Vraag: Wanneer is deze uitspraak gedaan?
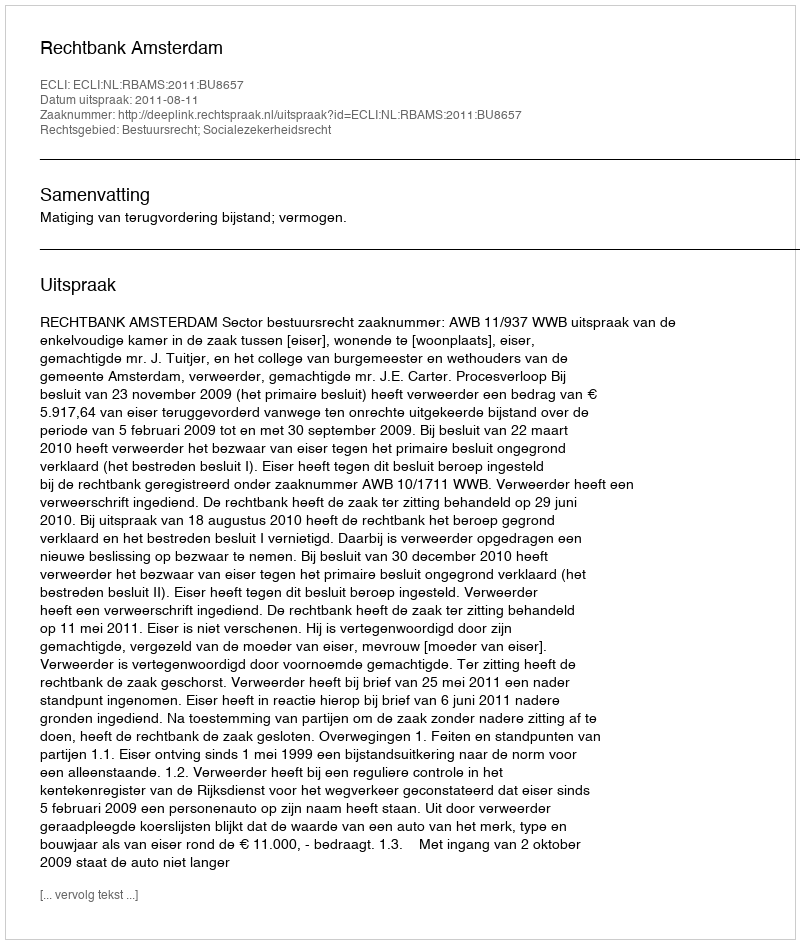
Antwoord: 2011-08-11